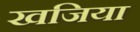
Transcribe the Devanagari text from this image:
खजिया